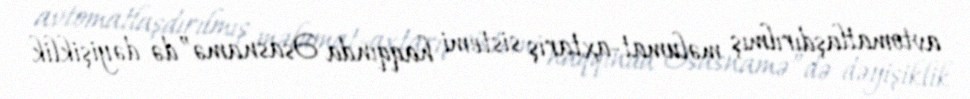
avtomatlaşdırılmış məlumat-axtarış sistemi haqqında Əsasnamə”də dəyişiklik